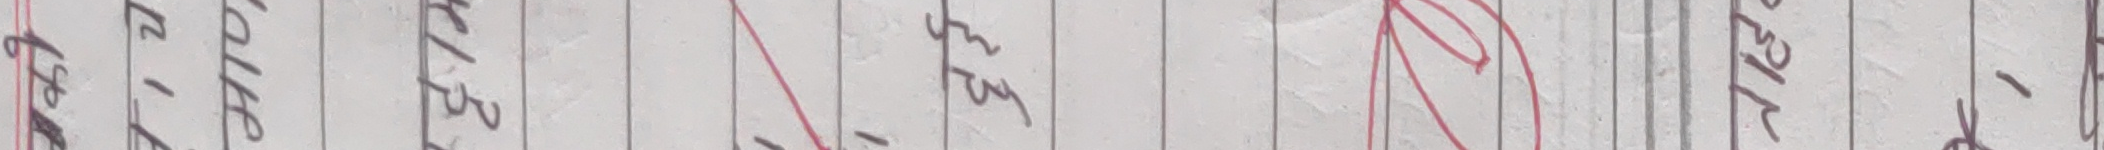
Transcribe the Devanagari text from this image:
प्रमाण र जम्मा ४१५ १५ ५२५ ४० १२५ ४५०